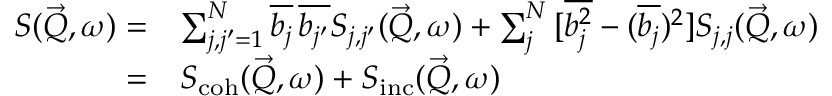
\begin{array} { r l } { S ( \vec { Q } , \omega ) = } & { \sum _ { \substack { j , j ^ { \prime } = 1 } } ^ { N } { \overline { { b _ { j } } } \, \overline { { b _ { j ^ { \prime } } } } } S _ { j , j ^ { \prime } } ( \vec { Q } , \omega ) + \sum _ { j } ^ { N } { [ \overline { { b _ { j } ^ { 2 } } } - ( \overline { { b _ { j } } } ) ^ { 2 } ] } S _ { j , j } ( \vec { Q } , \omega ) } \\ { = } & { S _ { \mathrm { c o h } } ( \vec { Q } , \omega ) + S _ { \mathrm { i n c } } ( \vec { Q } , \omega ) } \end{array}